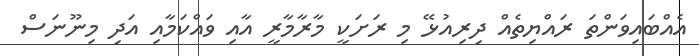
އެއްބައިވަންތަ ރައްޔިތެއް ދިރިއުޅޭ މި ރަށަކީ މާރާމާރީ އާއި ވައްކަމާއި އަދި މިނޫނަސް